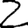
Digit: 2